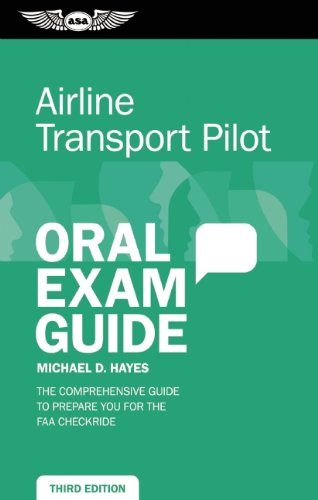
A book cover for Airline Transport Pilot Oral Exam Guide: The comprehensive guide to prepare you for the FAA checkride (Oral Exam Guide series); Michael D. Hayes; Engineering & Transportation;